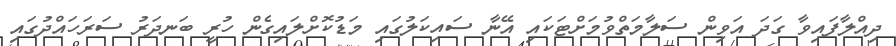
ދިއްލާފައިވާ ގަދަ އަވިން ސަލާމަތްވުމަށްޓަކައި އޭނާ ސައިކަލުގައި މަޑުކޮށްލައިގެން ހުރީ ބަނދަރު ސަރަހައްދުގައި